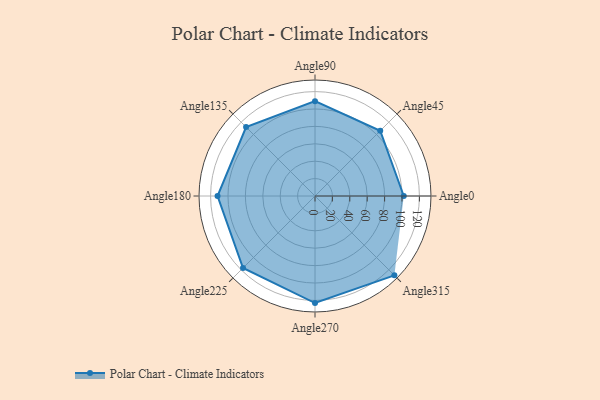
{"axis": {"x": "Angle", "y": "Radius"}, "legend": [""], "data": [{"x": "Angle0", "y": 102.0, "type": ""}, {"x": "Angle45", "y": 106.0, "type": ""}, {"x": "Angle90", "y": 109.0, "type": ""}, {"x": "Angle135", "y": 112.0, "type": ""}, {"x": "Angle180", "y": 112.0, "type": ""}, {"x": "Angle225", "y": 117.0, "type": ""}, {"x": "Angle270", "y": 123.0, "type": ""}, {"x": "Angle315", "y": 129.0, "type": ""}]}